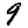
Digit: 9